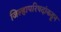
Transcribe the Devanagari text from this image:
जिल्हापरिषदांकडून